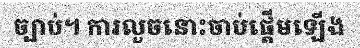
ច្បាប់។ ការលួចនោះចាប់ផ្តើមឡើង